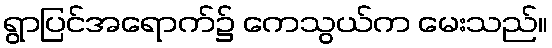
ရွာပြင်အရောက်၌ ကေသွယ်က မေးသည်။